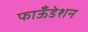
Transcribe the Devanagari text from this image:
फाऊँडेशन